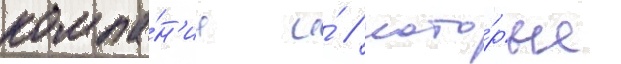
компа́н'ии и́ / кото́рые